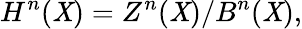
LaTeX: H^{n}(\mathit{X})=Z^{n}(\mathit{X})/B^{n}(\mathit{X}),